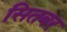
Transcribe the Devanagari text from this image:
सितबर